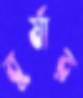
বুর্ষার